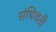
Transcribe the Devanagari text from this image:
संथिवती